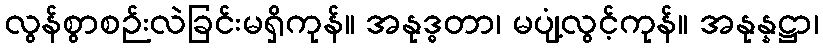
လွန်စွာစဉ်းလဲခြင်းမရှိကုန်။ အနုဒ္ဓတာ၊ မပျံ့လွင့်ကုန်။ အနုန္နဋ္ဌာ၊